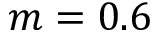
m = 0 . 6